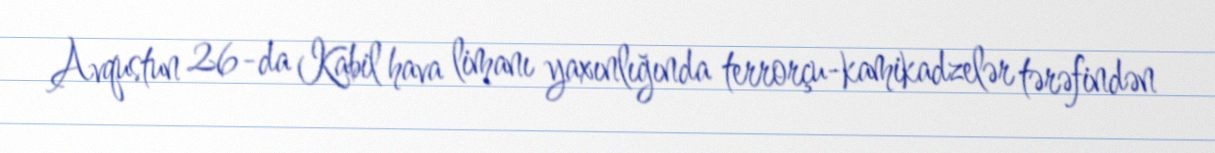
Avqustun 26-da Kabil hava limanı yaxınlığında terrorçu-kamikadzelər tərəfindən